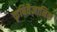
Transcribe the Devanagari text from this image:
कृषिवैज्ञानिक